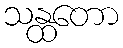
သန္ထတော